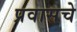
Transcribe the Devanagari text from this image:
प्रवासचे